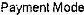
PAYMENT MODE